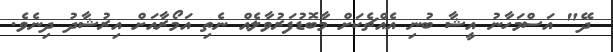
ދޭ" އަސްމަހާނު އީޝާ ބުނި އެއްޗެކަށް މާބޮޑުފަރުވާލެއް ނެތި އަމޯރާއަށް އިރުޝާދު ދިނެވެ.